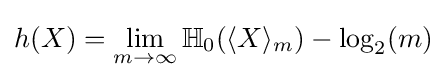
h(X)=\lim _{m\rightarrow \infty }\mathbb {H} _{0}(\langle X\rangle _{m})-\log _{2}(m)